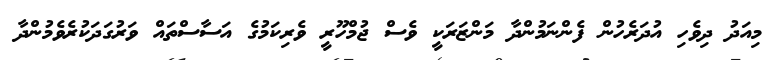
މިއަދު ދިވެހި އުދަރެހުން ފެންނަމުންދާ މަންޒަރަކީ ވެސް ޖުމްހޫރީ ވެރިކަމުގެ އަސާސްތައް ވަރުގަދަކުރެވެމުންދާ